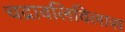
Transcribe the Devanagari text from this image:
चद्रावलिविलास